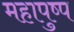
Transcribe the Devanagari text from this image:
महापुष्प